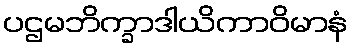
ပဌမဘိက္ခာဒါယိကာဝိမာနံ